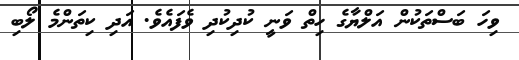
ވިހަ ބަސްތަކުން އަލްޔާގެ ހިތް ވަނީ ކުދިކުދި ވެފައެވެ. އަދި ކިތަންމެ ލޯބި